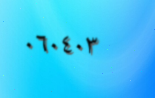
٠٦٠٤٠٣